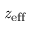
{ \mathit { z } } _ { \mathrm { e f f } }